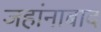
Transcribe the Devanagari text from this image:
जहांनाबाद